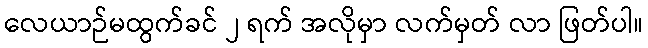
လေယာဉ်မထွက်ခင် ၂ ရက် အလိုမှာ လက်မှတ် လာ ဖြတ်ပါ။